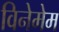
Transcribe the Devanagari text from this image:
विनेमेम